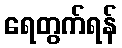
ရေတွက်ရန်